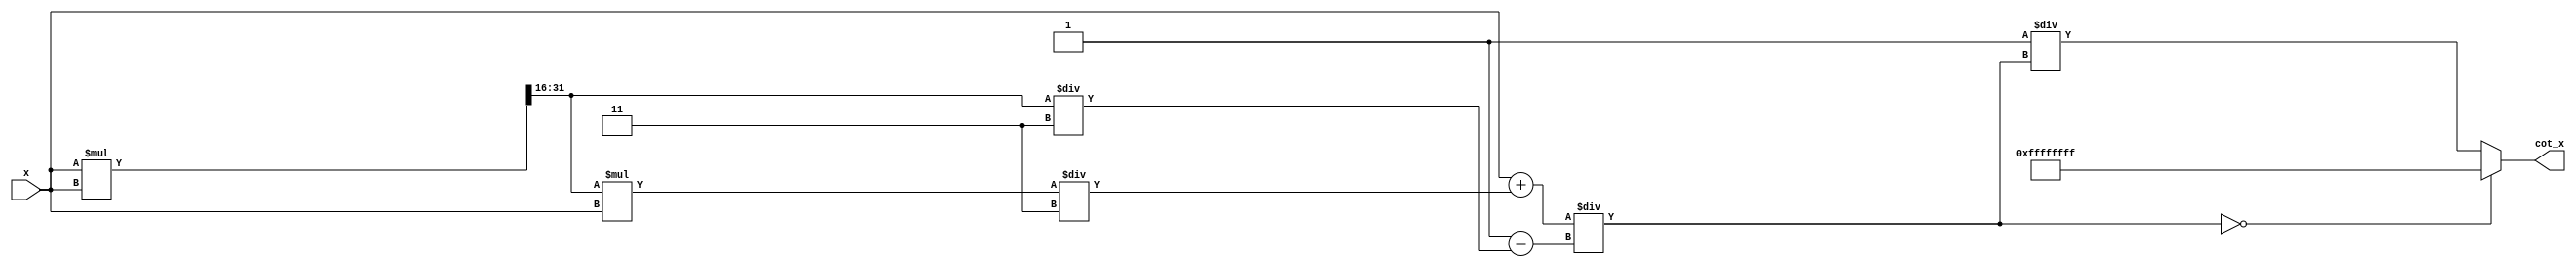
module cotangent (
    input wire [31:0] x,  // Angle input in radians (32-bit fixed point)
    output reg [31:0] cot_x // Cotangent output (32-bit fixed point)
);
    // Parameters for precision and fixed-point representation
    parameter PI_HALF = 32'b00000000011001100110011001100110; // /2 in fixed-point
    parameter PI = 32'b00000001100110011001100110011001; //  in fixed-point

    // Internal signals
    reg [31:0] tan_x;  // Store tangent value
    reg valid_tan;     // Flag to check if tangent is valid

    // Function to approximate tangent (simple Taylor series for small x)
    function [31:0] tangent;
        input [31:0] angle;
        reg [31:0] angle_squared;
        begin
            angle_squared = (angle * angle) >> 16; // Compute x^2 (assumes 16-bit fraction)
            tangent = angle; // First term
            tangent = tangent + (angle_squared * angle) / 32'h3; // + x^3/3!
            tangent = tangent / (32'h1 - (angle_squared / 32'h3)); // Using 1 - x^2/3 for approximation 
        end
    endfunction

    // Calculate cotangent
    always @(*) begin
        // Calculate tangent of the input angle
        tan_x = tangent(x);
        
        // Check for conditions leading to undefined cotangent
        // Cotangent is undefined at odd multiples of /2
        if (tan_x == 0) begin
            valid_tan = 0;
            cot_x = 32'hFFFFFFFF; // Output a specific value for undefined (i.e. infinity)
        end else begin
            valid_tan = 1;
            cot_x = (32'h00000001 / tan_x); // Calculate cot x = 1 / tan x
        end
    end
endmodule